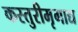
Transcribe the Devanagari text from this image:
कस्तुरीमृगाद्य